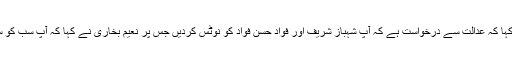
درخواست گزار کے وکیل نے مزید کہا کہ عدالت سے درخواست ہے کہ آپ شہباز شریف اور فواد حسن فواد کو نوٹس کردیں جس پر نعیم بخاری نے کہا کہ آپ سب کو سن لیں اور اس کے بعد فیصلہ کردیں۔